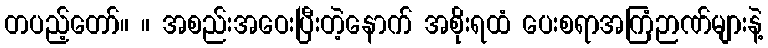
တပည့်တော်။ ။ အစည်းအဝေးပြီးတဲ့နောက် အစိုးရထံ ပေးစရာအကြံဉာဏ်များနဲ့